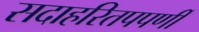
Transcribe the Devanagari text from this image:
सदाहरितपपर्णी